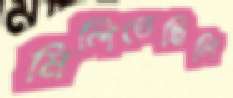
মিলিতেছিলি